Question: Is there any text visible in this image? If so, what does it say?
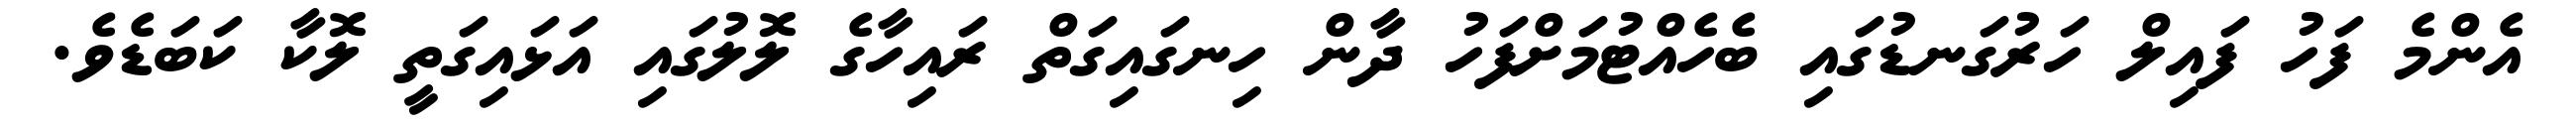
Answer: އެންމެ ފަހު ފައިލް ހަރުގަނޑުގައި ބެހެއްޓުމަށްފަހު ދާން ހިނގައިގަތް ރައިހާގެ ލޮލުގައި އަޅައިގަތީ ލޮކާ ކަބަޑެވެ.